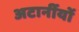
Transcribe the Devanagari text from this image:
अटार्नीयों